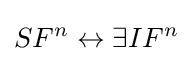
SF^{n}\leftrightarrow \exists IF^{n}